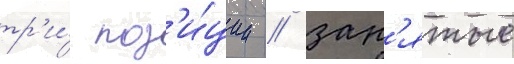
тр'и́ поз'и́ции / зан'ятые